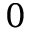
0